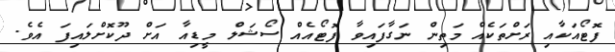
ފޮޓޯއަކާއި ރަށްތަކެއް މަތިން ނަގާފައިވާ ފޮޓޯއެއް ސޯޝަލް މީޑިއާ އަށް ދޫކޮށްލައިފަ އެވެ.